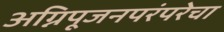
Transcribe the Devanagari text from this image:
अग्निपूजनपरंपरेचा